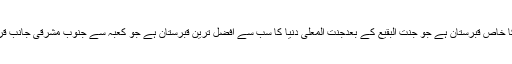
یہ مکہ معظمہ کا خاص قبرستان ہے جو جنت البقیع کے بعدجَنَّت المعلیٰ دنیا کا سب سے افضل ترین قبرستان ہے جو کعبہ سے جنوب مشرقی جانب قریب ہی واقع ہے۔